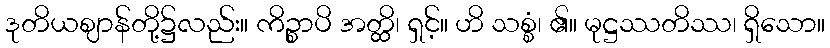
ဒုတိယဈာန်တို့၌လည်း။ ကိဉ္စာပိ အတ္ထိ၊ ရှင့်။ ဟိ သစ္စံ၊ ၏။ မုဋ္ဌဿတိဿ၊ ရှိသော။